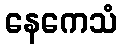
နေကေသံ